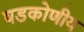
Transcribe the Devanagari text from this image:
षडकोणीय